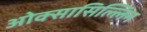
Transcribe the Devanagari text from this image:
ओक्सासिल्लिन